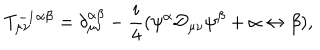
T _ { \mu \nu } ^ { - 1 } { } ^ { \alpha \beta } = \delta _ { \mu \nu } ^ { \alpha \beta } - \frac { i } { 4 } ( \psi ^ { \alpha } { \cal D } _ { \mu \nu } \psi ^ { \beta } + \alpha \leftrightarrow \beta ) ,